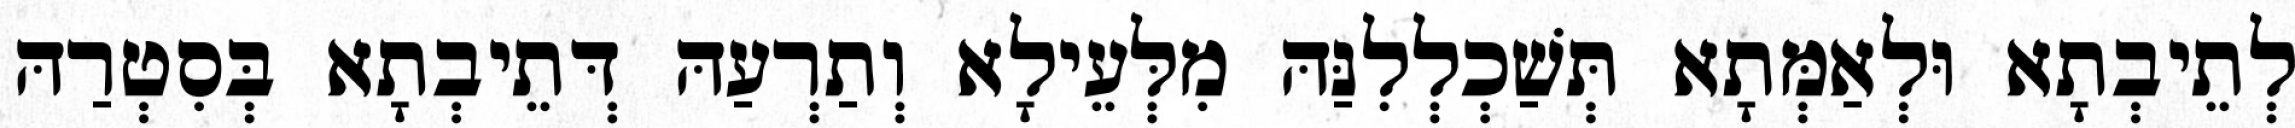
לְתֵיבְתָא וּלְאַמְּתָא תְּשַׁכְלְלִנַּהּ מִלְּעֵילָא וְתַרְעַהּ דְּתֵיבְתָא בְּסִטְרַהּ